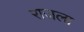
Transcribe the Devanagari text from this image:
राजला